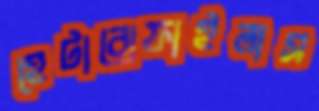
হেটারোফাইলাস